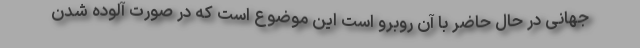
جهانی در حال حاضر با آن روبرو است این موضوع است که در صورت آلوده شدن